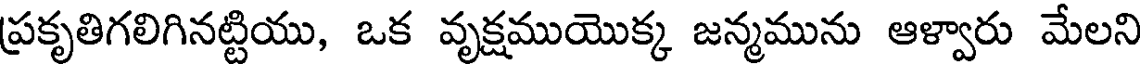
ప్రకృతిగలిగినట్టియు, ఒక వృక్షముయొక్క జన్మమును ఆళ్వారు మేలని